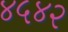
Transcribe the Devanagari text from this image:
४५४२